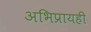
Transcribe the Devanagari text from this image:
अभिप्रायही